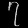
Digit: ၇